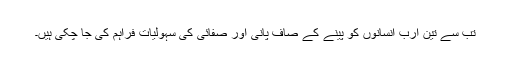
تب سے تین ارب انسانوں کو پینے کے صاف پانی اور صفائی کی سہولیات فراہم کی جا چکی ہیں۔